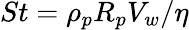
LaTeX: St=\rho_{p}R_{p}V_{w}/\eta